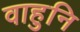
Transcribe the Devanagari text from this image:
वाहुनि